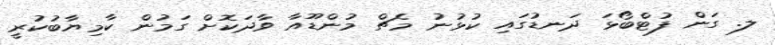
ލ. ގަން ފުޓްބޯޅަ ދަނޑުގައި ކުޅުނު މެޗް މުންޑޫއާ ވާދަކޮށް ގަމުން ކާމިޔާބުކުރީ